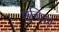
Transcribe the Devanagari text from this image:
शुचिका